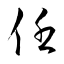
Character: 任